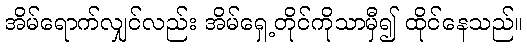
အိမ်ရောက်လျှင်လည်း အိမ်ရှေ့တိုင်ကိုသာမှီ၍ ထိုင်နေသည်။